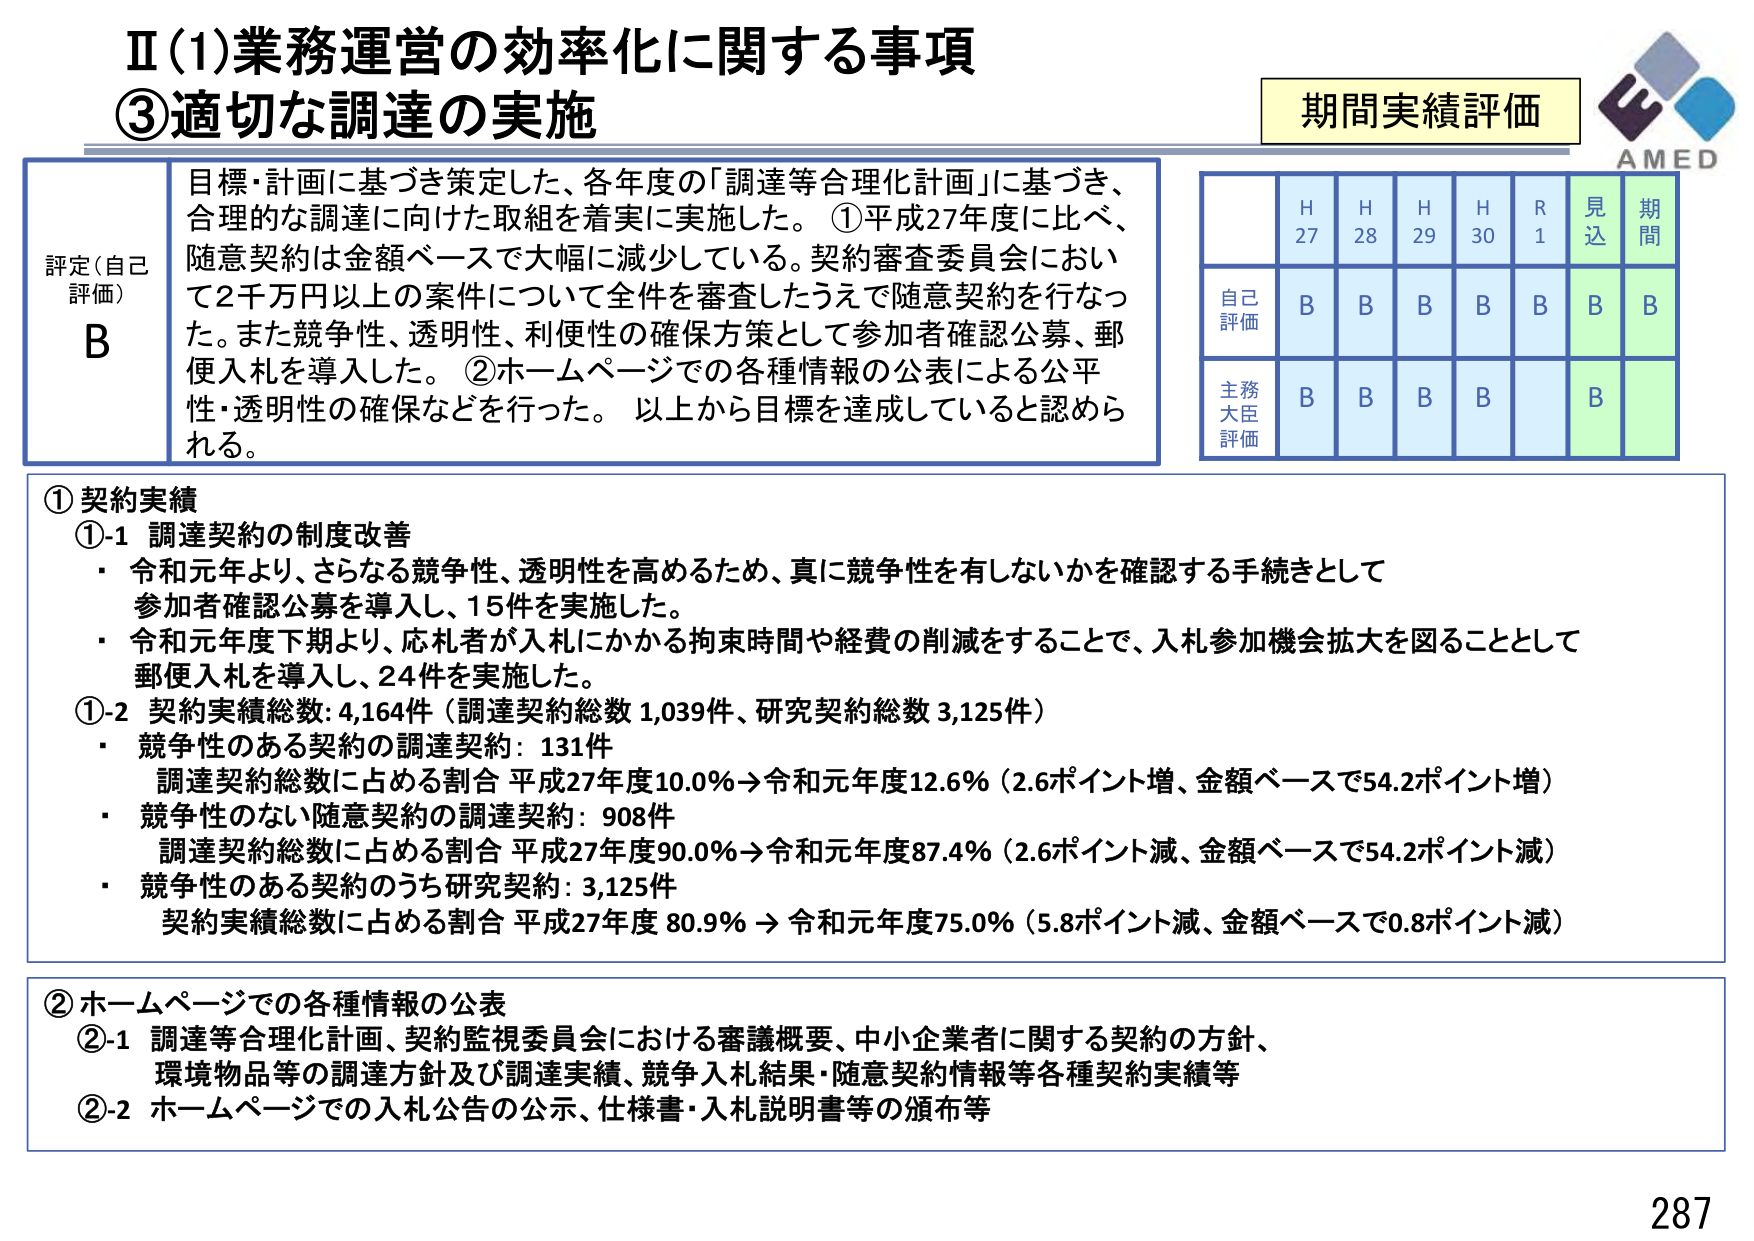
Ⅱ(1)業務運営の効率化に関する事項
③適切な調達の実施

期間実績評価

評定（自己評価）
B

目標・計画に基づき策定した、各年度の「調達等合理化計画」に基づき、
合理的な調達に向けた取組を着実に実施した。①平成27年度に比べ、
随意契約は金額ベースで大幅に減少している。契約審査委員会におい
て2千万円以上の案件について全件を審査したうえで随意契約を行なっ
た。また競争性、透明性、利便性の確保方策として参加者確認公募、郵
便入札を導入した。②ホームページでの各種情報の公表による公平
性・透明性の確保などを行った。以上から目標を達成していると認めら
れる。

H27 H28 H29 H30 R1 見込 期間
自己評価 B B B B B B B
主務大臣評価 B B B B B

①契約実績
①-1 調達契約の制度改善
・令和元年より、さらなる競争性、透明性を高めるため、真に競争性を有しないかを確認する手続きとして
参加者確認公募を導入し、15件を実施した。
・令和元年度下期より、応札者が入札にかかる拘束時間や経費の削減をすることで、入札参加機会拡大を図ることとして
郵便入札を導入し、24件を実施した。
①-2 契約実績総数: 4,164件（調達契約総数 1,039件、研究契約総数 3,125件）
・競争性のある契約の調達契約: 131件
調達契約総数に占める割合 平成27年度10.0%→令和元年度12.6%（2.6ポイント増、金額ベースで54.2ポイント増）
・競争性のない随意契約の調達契約: 908件
調達契約総数に占める割合 平成27年度90.0%→令和元年度87.4%（2.6ポイント減、金額ベースで54.2ポイント減）
・競争性のある契約のうち研究契約: 3,125件
契約実績総数に占める割合 平成27年度 80.9% → 令和元年度75.0%（5.8ポイント減、金額ベースで0.8ポイント減）

②ホームページでの各種情報の公表
②-1 調達等合理化計画、契約監視委員会における審議概要、中小企業者に関する契約の方針、
環境物品等の調達方針及び調達実績、競争入札結果・随意契約情報等各種契約実績等
②-2 ホームページでの入札公告の公示、仕様書・入札説明書等の頒布等

AMED
287